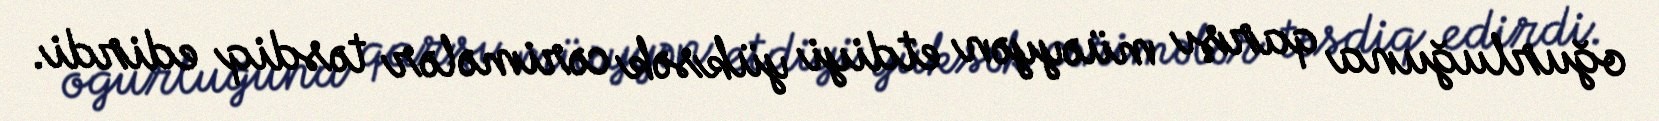
oğurluğuna qarşı müəyyən etdiyi yüksək cərimələr təsdiq edirdi.